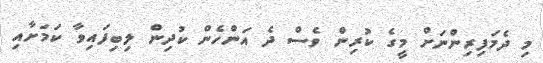
މި ދެމަފިރިންނަށް މީގެ ކުރިން ވެސް ދެ އަންހެން ކުދިން ލިބިފައިވާ ކަމަށާއި